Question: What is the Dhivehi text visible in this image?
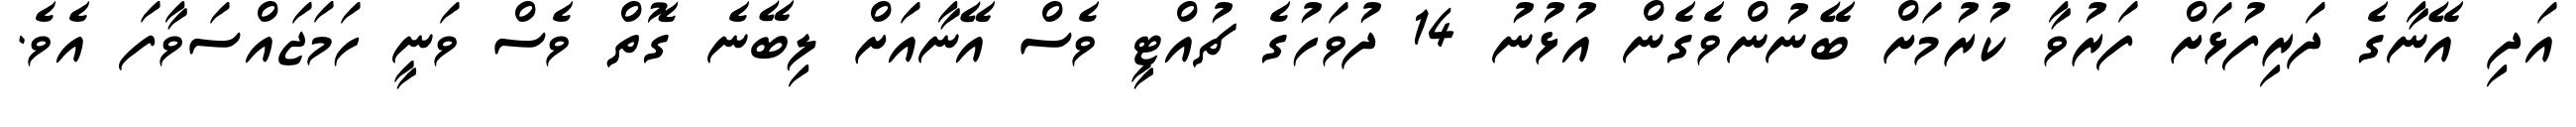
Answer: އަދި އޭނާގެ ދަރިފުޅަށް ފަރުވާ ކުރުމަށް ބޭނުންވެގެން އުޅުނު 14 ދުވަހުގެ ޗުއްޓީ ވެސް އޭނާއަށް ލިބޭނެ ގޮތް ވެސް ވަނީ ހަމަޖައްސަވާފަ އެވެ.